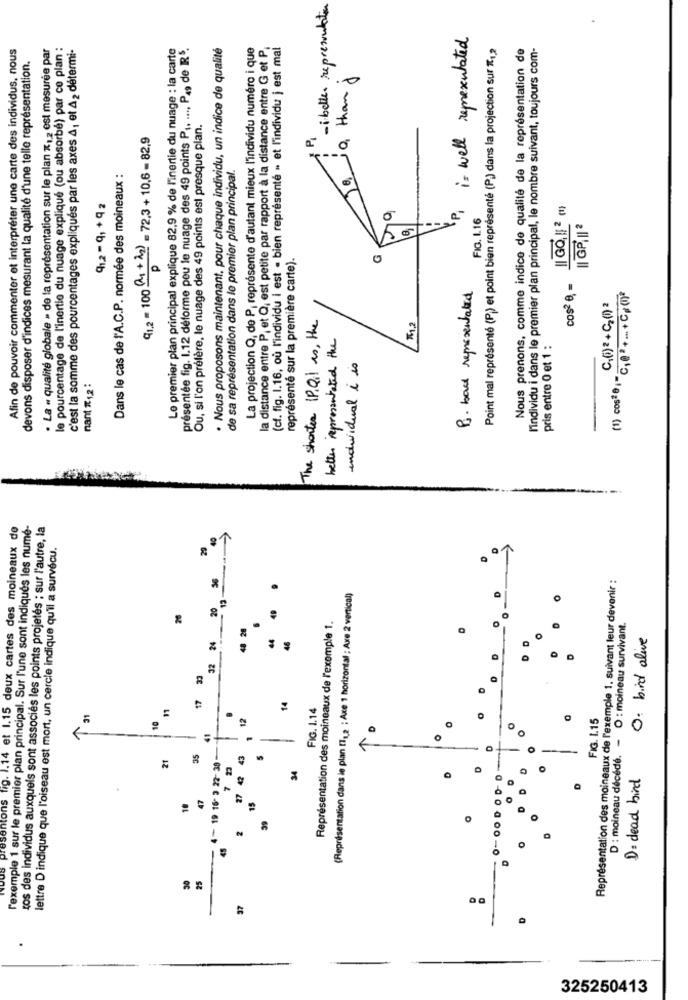
-i belle representation
is well representated
Afin de pouvoir commenter et interpréter une carte des individus, nous
· La « qualité globale » de la représentation sur le plan x1 2 est mesurée par
le pourcentage de l'inertie du nuage expliqué (ou absorbé) par co plan :
c'est la somme des pourcentages expliqués par les axes A, et A2 détermi-
Le premier plan principal explique 82,9 % de l'inertie du nuage : la carte
présentée fig. 1.12 déforme peu le nuage des 49 points PI. ..., P49 de RR5.
· Nous proposons maintenant, pour chaque individu, un indice de qualité
La projection Q, de P, représente d'autant mieux l'individu numéro i que
la distance entre P, et Q, est petite par rapport à la distance entre G et P
(cf. fig. 1.16, où l'individu i est · bien représenté » et l'individu j est mal
Point mal représenté (P) et point bien représenté (P) dans la projection sur *1 2
Nous prenons, comme indice de qualité de la représentation de
l'individu i dans le premier plan principal, le nombre suivant, toujours com-
devons disposer d'indices mesurant la qualité d'une telle représentation.
Q, thang
.0
Ou, si l'on préfère, le nuage des 49 points est presque plan.
(1.2 = 100 M4 + À2) = 72,3 + 10,6 = 82,9
P
de sa représentation dans le premier plan principal.
Dans le cas de l'A.C.P. normée des moineaux :
4h12-q1+92
Pi
IlGO,112(1)
FIG. 1.16
---
représenté sur la première carte).
P
cos2 8, =
Pi. bad representated
(1) cos20 1- C,02 + ... + C+(1)
C()2 + C2(1)2
The shorter IP, Qil is , the
better representated the
pris entre 0 et 1 :
individual i is
nant #12:
resentons fig. 1.14 et 1.15 deux cartes des moineaux de
l'exemple 1 sur le premier plan principal. Sur l'une sont indiqués les numé-
ros des individus auxquels sont associés les points projetés ; sur l'autre, la
lettre D indique que l'oiseau est mort, un cercle indique qu'il a survécu.
Représentation des moineaux de l'exemple 1. suivant leur devenir :
12-
(Représentation dans le plan [la ; Axe 1 horizontal : Axe 2 vertical)
48 28
Représentation des moineaux de l'exemple 1.
D : moineau décédé. - O : moineau survivant.
44
O. bird alive
24
32
R
17
14
FIG. 1.14
11
12
FIG. 1.15
21
35
43
19 16- 3 22-38
34
O
D= dead bird
D
27
15
-
39
O
37
.
325250413